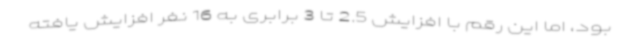
بود، اما این رقم با افزایش 2.5 تا 3 برابری به 16 نفر افزایش یافته